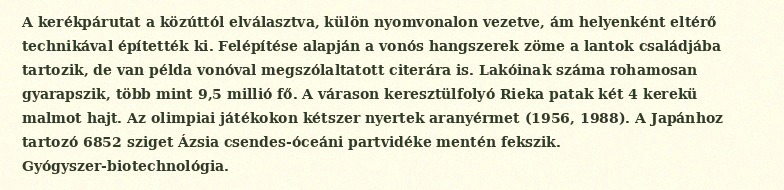
A kerékpárutat a közúttól elválasztva, külön nyomvonalon vezetve, ám helyenként eltérő technikával építették ki. Felépítése alapján a vonós hangszerek zöme a lantok családjába tartozik, de van példa vonóval megszólaltatott citerára is. Lakóinak száma rohamosan gyarapszik, több mint 9,5 millió fő. A várason keresztülfolyó Rieka patak két 4 kerekü malmot hajt. Az olimpiai játékokon kétszer nyertek aranyérmet (1956, 1988). A Japánhoz tartozó 6852 sziget Ázsia csendes-óceáni partvidéke mentén fekszik. Gyógyszer-biotechnológia.